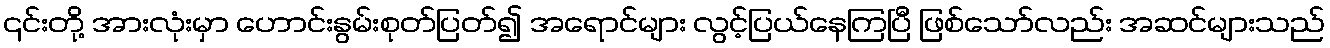
၎င်းတို့ အားလုံးမှာ ဟောင်းနွမ်းစုတ်ပြတ်၍ အရောင်များ လွင့်ပြယ်နေကြပြီ ဖြစ်သော်လည်း အဆင်များသည်